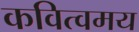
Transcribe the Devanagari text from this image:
कवित्वमय